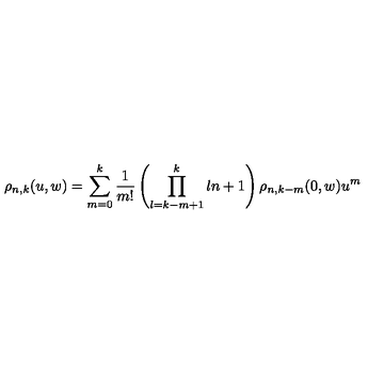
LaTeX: \rho _ { n , k } ( u , w ) = \sum _ { m = 0 } ^ { k } \frac { 1 } { m ! } \left( \prod _ { l = k - m + 1 } ^ { k } l n + 1 \right) \rho _ { n , k - m } ( 0 , w ) u ^ { m }